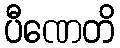
ပီဏေတိ